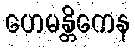
ဟေမန္တိကေန